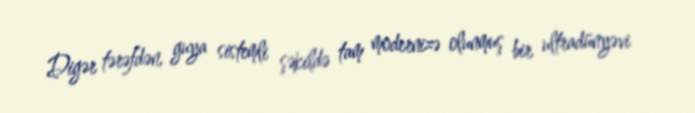
Digər tərəfdən, guya sistemli şəkildə tam modernizə olunmuş bir ultradünyəvi